Civil Veterinary Dept. Assam report 1911-1927 - 1911-1927
Year: 1911
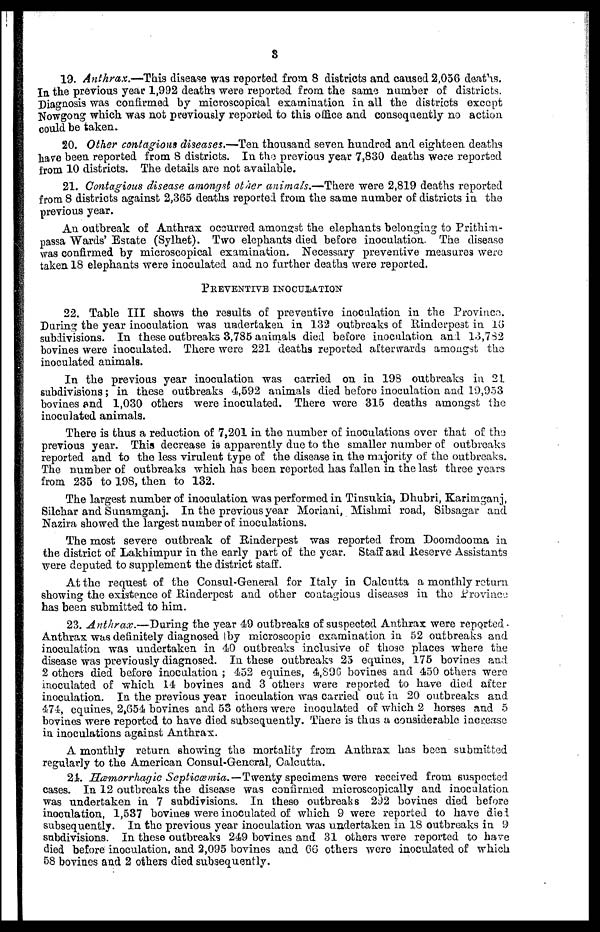
3
19. Anthrax.—This disease was reported from 8 districts and caused 2,056 deaths.
In the previous year 1,992 deaths were reported from the same number of districts.
Diagnosis was confirmed by microscopical examination in all the districts except
Nowgong which was not previously reported to this office and consequently no action
could be taken.
20. Other contagious diseases.—Ten thousand seven hundred and eighteen deaths
hare been reported from 8 districts. In the previous year 7,830 deaths were reported
from 10 districts. The details are not available.
21. Contagious disease amongst other animals.—There were 2,819 deaths reported
from 8 districts against 2,365 deaths reported from the same number of districts in the
previous year.
An outbreak of Anthrax occurred amongst the elephants belonging to Prithim-
passa Wards' Estate (Sylhet). Two elephants died before inocoulation. The disease
was confirmed by microscopical examination. Necessary preventive measures were
taken 18 elephants were inoculated and no further deaths were reported.
PRECENTIVE INOCULATION
22. Table III shows the results of preventive inoculation in the Province.
During the year inoculation was undertaken in 132 outbreaks of Rinderpest in 16
subdivisions. In these outbreaks 3,785 animals died before inoculation and 13,732
bovines were inoculated. There were 221 deaths reported afterwards amongst the
inoculated animals.
In the previous year inoculation was carried on in 198 outbreaks in 21
subdivisions; in these outbreaks 4,592 animals died before inoculation and 19,953
bovines end 1,030 others were inoculated. There were 315 deaths amongst the
inoculated animals.
There is thus a reduction of 7,201 in the number of inoculations over that of the
previous year. This decrease is apparently due to the smaller number of outbreaks
reported and to the less virulent type of the disease in the majority of the outbreaks.
The number of outbreaks which has been reported has fallen in the last three years
from 235 to 198, then to 132.
The largest numher of inoculation was performed in Tinsukia, Dhubri, Karimganj,
Silchar and Sunamganj. In the previous year Moriani, Mishmi road, 8ibsagar and
Nazira showed the largest number of inoculations.
The most severe outbreak of Rinderpest was reported from Doomdooma in
the district of Lakhimpur in the early part of the year. Staff and Reserve Assistants
were deputed to supplement the district staff.
At the request of the Consul-General for Italy in Calcutta a monthly return
showing the existence of Rinderpest and other contagious diseases in the Province
has been submitted to him.
23. Anthrax.—During the year 49 outbreaks of suspected Anthrax were reported
Anthrax was definitely diagnosed I by microscopic examination in 52 outbreaks and
inoculation was undertaken in 40 outbreaks inclusive of those places where the
disease was previously diagnosed. In these outbreaks 25 equines, 175 bovines and
2 others died before inoculation ; 452 equines, 4,896 bovines and 450 others were
inoculated of which 14 bovines and 3 others were reported to have died after
inoculation. In the previous year inoculation was carried out in 20 outbreaks and
474, equines, 2,654 bovines and 53 others were inoculated of which 2 horses and 5
bovines were reported to have died subsequently. There is thus a considerable increase
in inoculations against Anthrax.
A monthly return showing the mortality from Anthrax has been submitted
regularly to the American Consul-General, Calcutta.
24. Hæmorrhagic Septicæmia.—Twenty specimens were received from suspocted
cases. In 12 outbreaks the disease was confirmed microscopically and inoculation
was undertaken in 7 subdivisions. In these outbreaks 292 bovines died before
inoculation, 1,537 bovines were inoculated of which 9 were reported to have died
subsequently. In the previous year inoculation was undertaken in 18 outbreaks in 9
subdivisions. In these outbreaks 249 bovines and 31 others were reported to have
died before inoculation, and 2,095 bovines and 06 others were inoculated of which
58 bovines and 2 others died subsequently.